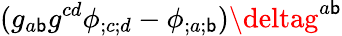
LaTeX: (g_{a\mathsf{b}}g^{cd}\phi_{;c;d}-\phi_{;a;\mathsf{b}})\deltag^{a\mathsf{b}}